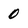
Character: 0